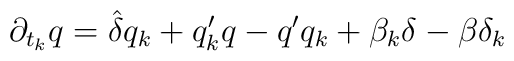
\partial_{t_k} q = \hat{\delta} q_k + q'_k q - q'q_k + \beta_k \delta - \beta\delta_k